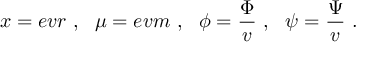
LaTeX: x = e v r \ , \ \ \mu = e v m \ , \ \ \phi = \frac { \Phi } { v } \ , \ \ \psi = \frac { \Psi } { v } \ .